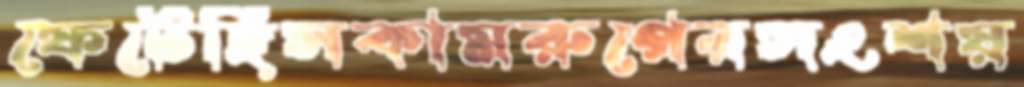
ফেটেছিসকামরুপেরসংশয়